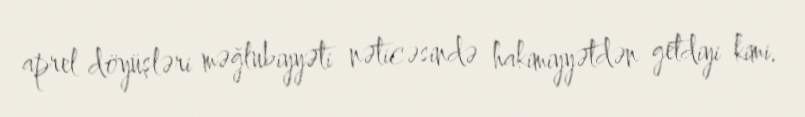
aprel döyüşləri məğlubiyyəti nəticəsində hakimiyyətdən getdiyi kimi.